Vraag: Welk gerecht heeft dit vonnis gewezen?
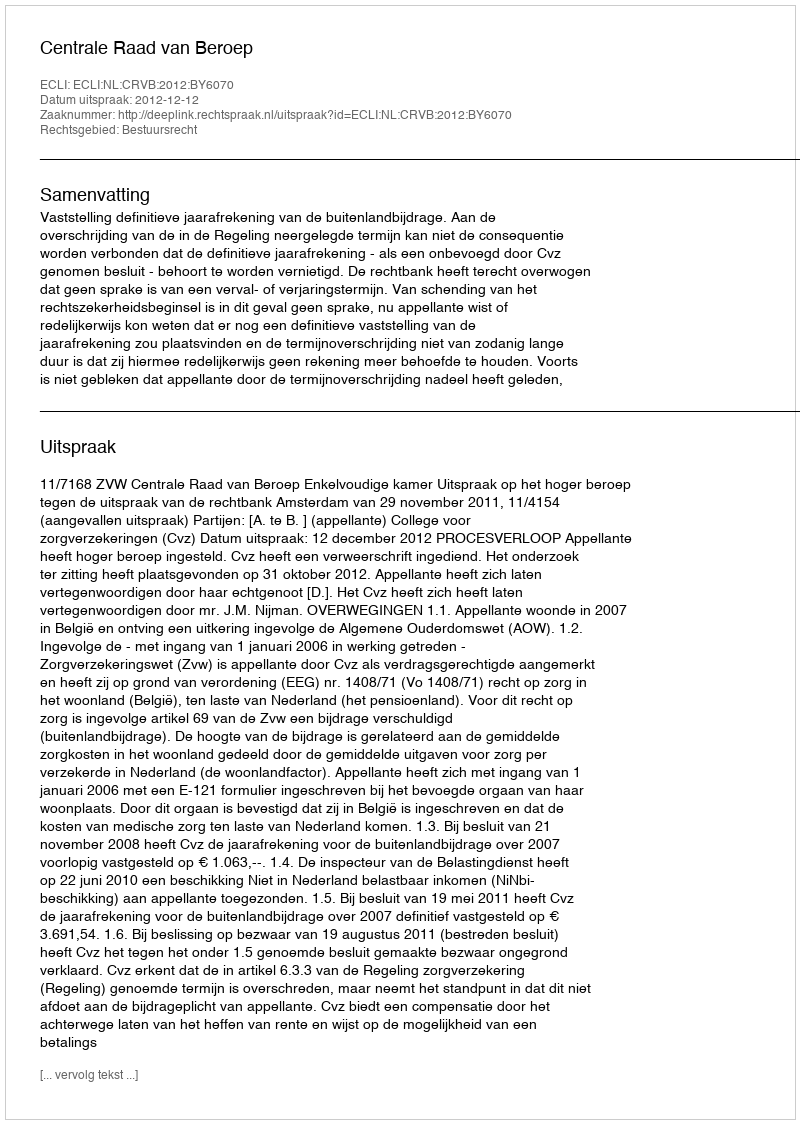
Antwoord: Centrale Raad van Beroep